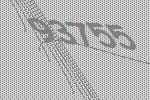
93755